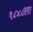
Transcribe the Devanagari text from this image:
१८४८ला